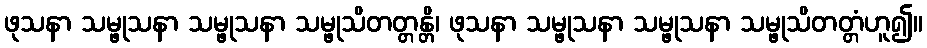
ဖုသနာ သမ္ဖုသနာ သမ္ဖုသနာ သမ္ဖုသိတတ္တန္တိ၊ ဖုသနာ သမ္ဖုသနာ သမ္ဖုသနာ သမ္ဖုသိတတ္တံဟူ၍။